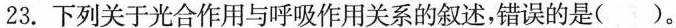
23.下列关于光合作用与呼吸作用关系的叙述，错误的是 ( )。